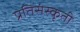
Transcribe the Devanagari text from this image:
प्रतिसंस्कृती